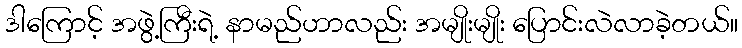
ဒါကြောင့် အဖွဲ့ကြီးရဲ့ နာမည်ဟာလည်း အမျိုးမျိုး ပြောင်းလဲလာခဲ့တယ်။